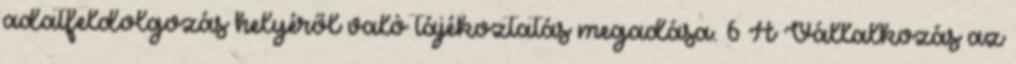
adatfeldolgozás helyéről való tájékoztatás megadása. 6 A Vállalkozás az